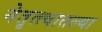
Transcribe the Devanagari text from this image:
नेतृत्त्वातल्या